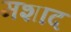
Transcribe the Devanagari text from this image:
मशाद